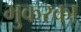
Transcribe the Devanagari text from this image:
भुकरका